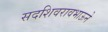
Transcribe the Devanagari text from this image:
सदशिवरावभाऊने